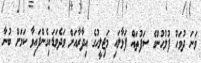
ވަނަ ދުވަހު ފުލުހުންގެ ސަފުތައް ފަޅާލައި މަޖިލީހުގެ އިދާރާއަށް ވަދެވަޑައިގެންފައިވާ ކަމަށް ބުނާ